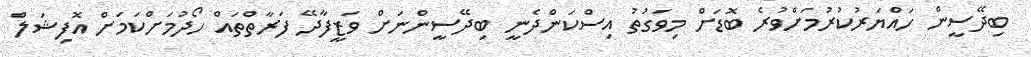
ބިދޭސީން ހައްޔަރުކުރުމަށްވުރެ ބޮޑަށް މިވަގުތު އިސްކަންދެނީ ބިދޭސީންނަށް ވަޒީފާދޭ ފަރާތްތައް ހޯދުމަށްކަމަށް އޮފިޝަލް